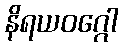
နိရယဝဂ္ဂေါ